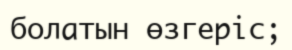
болатын өзгеріс;